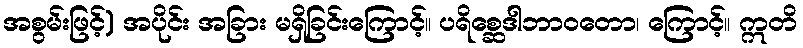
အစွမ်းဖြင့်) အပိုင်း အခြား မရှိခြင်းကြောင့်။ ပရိစ္ဆေဒါဘာဝတော၊ ကြောင့်။ ဣတိ